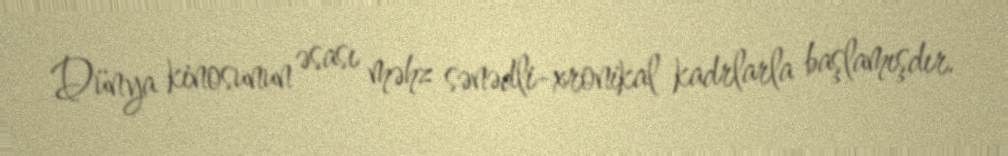
Dünya kinosunun əsası məhz sənədli-xronikal kadrlarla başlamışdır.